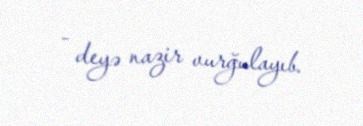
- deyə nazir vurğulayıb.